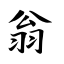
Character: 翁